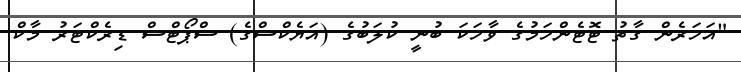
"އަހަރެން ގާތު ޓޮޓެންހަމުގެ ވާހަކަ ބުނީ ކުލަބުގެ (އަޔެކްސްގެ) ސްޕޯޓްސް ޑިރެކްޓަރު މާކް